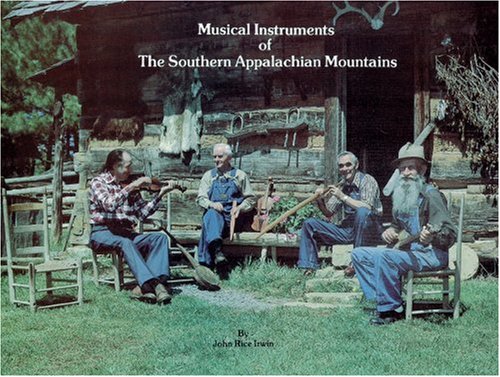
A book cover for Musical Instruments of the Southern Appalachian Mountains; John Rice Irwin; Crafts, Hobbies & Home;